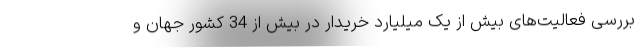
بررسی فعالیت‌های بیش از یک میلیارد خریدار در بیش از 34 کشور جهان و